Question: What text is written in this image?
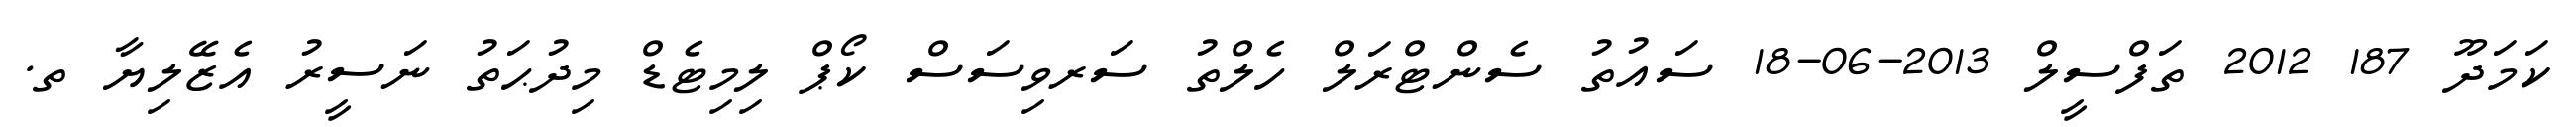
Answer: ކަމަދޫ 187 2012 ތަފްސީލް 2013-06-18 ސައުތު ސެންޓްރަލް ހެލްތު ސަރވިސަސް ކޯޕް ލިމިޓެޑް މިދުޙަތު ނަސީރު އެޒޭލިޔާ ތ.